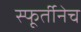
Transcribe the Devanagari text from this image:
स्फूर्तीनेच